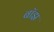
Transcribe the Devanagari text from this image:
बाॅझ